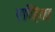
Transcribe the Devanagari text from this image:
एव्हिता